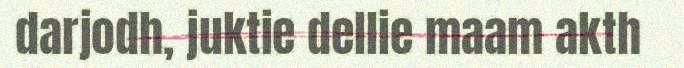
darjodh, juktie dellie maam akth